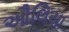
ઔલિયા